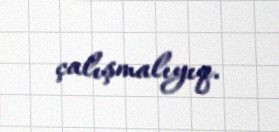
çalışmalıyıq.